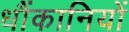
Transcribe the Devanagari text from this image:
धौंकानियों